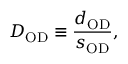
D _ { \mathrm { O D } } \equiv \frac { d _ { \mathrm { O D } } } { s _ { \mathrm { O D } } } ,